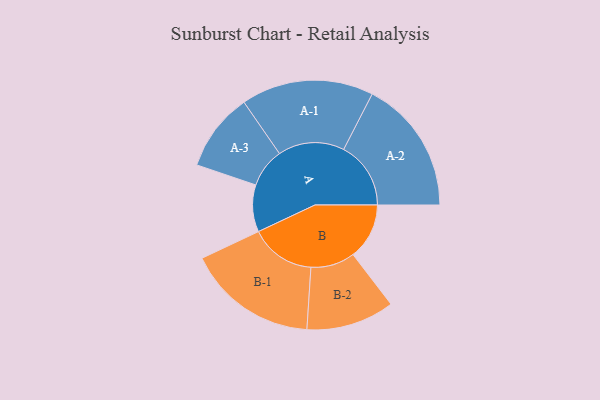
{"axis": {"x": "Segment", "y": "Value"}, "legend": ["", "A", "B"], "data": [{"x": "A", "y": 210, "type": ""}, {"x": "B", "y": 251, "type": ""}, {"x": "A-1", "y": 296, "type": "A"}, {"x": "A-2", "y": 300, "type": "A"}, {"x": "A-3", "y": 175, "type": "A"}, {"x": "B-1", "y": 292, "type": "B"}, {"x": "B-2", "y": 197, "type": "B"}]}